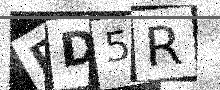
Text: PD5R